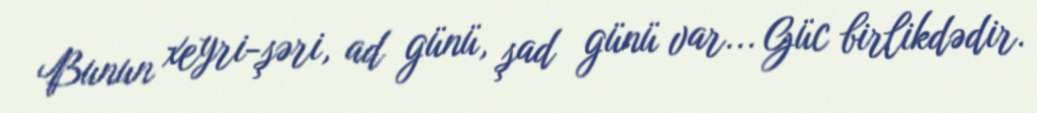
Bunun xeyri-şəri, ad günü, şad günü var... Güc birlikdədir.